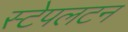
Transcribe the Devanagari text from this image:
स्टेपलटन